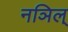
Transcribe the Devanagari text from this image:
नञिल्